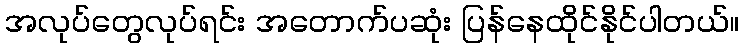
အလုပ်တွေလုပ်ရင်း အတောက်ပဆုံး ပြန်နေထိုင်နိုင်ပါတယ်။